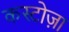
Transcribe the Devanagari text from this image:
कस्टोज़ा